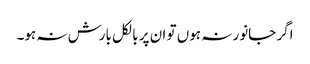
اگر جانور نہ ہوں تو ان پر بالکل بارش نہ ہو۔